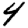
Digit: 4